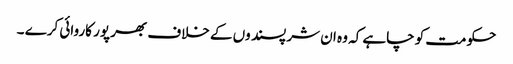
حکومت کو چاہے کہ وہ ان شر پسند وں کے خلاف بھر پور کاروائی کرے ۔